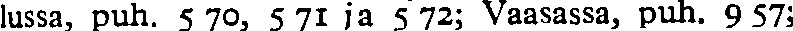
lussa, puh. 5 70, 5 71 ja 5 72; Vaasassa, puh. 9 57;